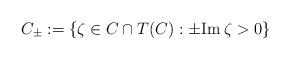
LaTeX: \begin{align*}C_{\pm}:=\{\zeta \in C\cap T(C): \pm {\rm Im} \:\zeta >0\}\end{align*}